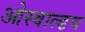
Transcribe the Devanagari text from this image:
ओस्वाल्डच